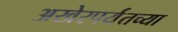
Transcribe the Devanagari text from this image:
अखेरपर्यंतच्या